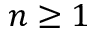
n \ge 1